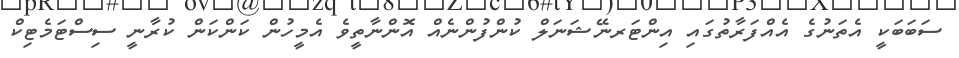
ސަބަބަކީ އެތަނުގެ އެއްފަރާތުގައި އިންޓަރނޭޝަނަލް ކުންފުންނެއް އޮންނާތީވެ އެމީހުން ކަންކަން ކުރާނީ ސިސްޓަމެޓިކް